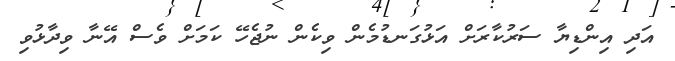
އަދި އިންޑިޔާ ސަރުކާރަށް އަޅުގަނޑުމެން ވިކެން ނުޖެހޭ ކަމަށް ވެސް އޭނާ ވިދާޅުވި